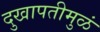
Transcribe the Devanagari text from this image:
दुखापतीमुळं